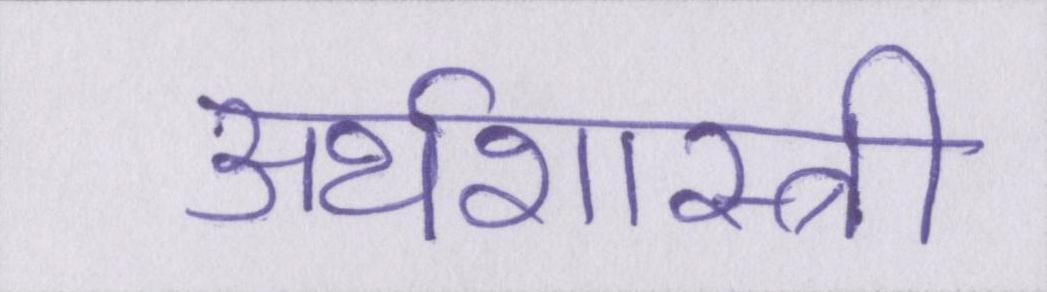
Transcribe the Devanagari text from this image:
अर्थशास्त्री